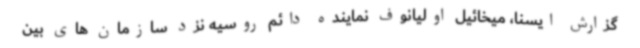
گزارش ایسنا، میخائیل اولیانوف نماینده دائم روسیه نزد سازمان های بین